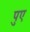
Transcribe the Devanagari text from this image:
पुए